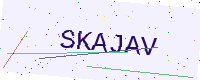
Text: SKAJAV